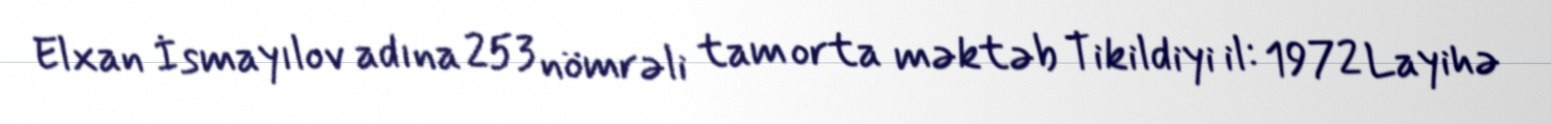
Elxan İsmayılov adına 253 nömrəli tam orta məktəb Tikildiyi il: 1972 Layihə